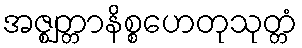
အဇ္ဈတ္တာနိစ္စဟေတုသုတ္တံ